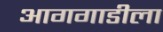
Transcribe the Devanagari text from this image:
आगगाडीला